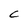
Character: C